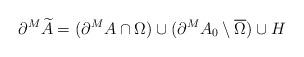
LaTeX: \begin{align*}\partial^M \widetilde A=(\partial^M A\cap\Omega) \cup (\partial^M A_0 \setminus \overline \Omega)\cup H \end{align*}